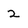
Character: 2